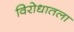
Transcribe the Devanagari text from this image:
विरोधातला